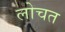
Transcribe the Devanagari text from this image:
लोचत